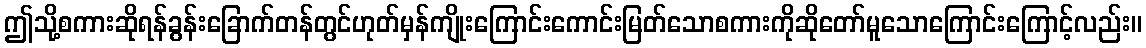
ဤသို့စကားဆိုရန်ခွန်းခြောက်တန်တွင်ဟုတ်မှန်ကျိုးကြောင်းကောင်းမြတ်သောစကားကိုဆိုတော်မူသောကြောင်းကြောင့်လည်း။